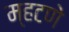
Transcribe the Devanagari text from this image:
म्हटणे